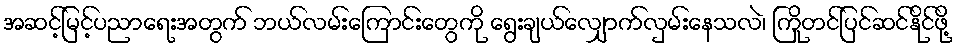
အဆင့်မြင့်ပညာရေးအတွက် ဘယ်လမ်းကြောင်းတွေကို ရွေးချယ်လျှောက်လှမ်းနေသလဲ၊ ကြိုတင်ပြင်ဆင်နိုင်ဖို့